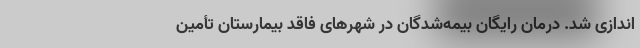
اندازی شد. درمان رایگان بیمه‌شدگان در شهرهای فاقد بیمارستان تأمین